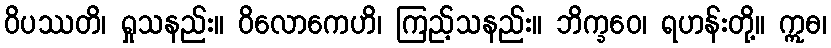
ဝိပဿတိ၊ ရှုသနည်း။ ဝိလောကေဟိ၊ ကြည့်သနည်း။ ဘိက္ခဝေ၊ ရဟန်းတို့။ ဣဓ၊